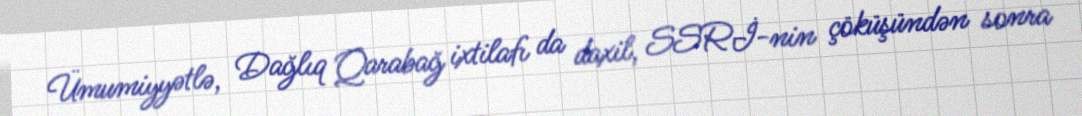
Ümumiyyətlə, Dağlıq Qarabağ ixtilafı da daxil, SSRİ-nin çöküşündən sonra